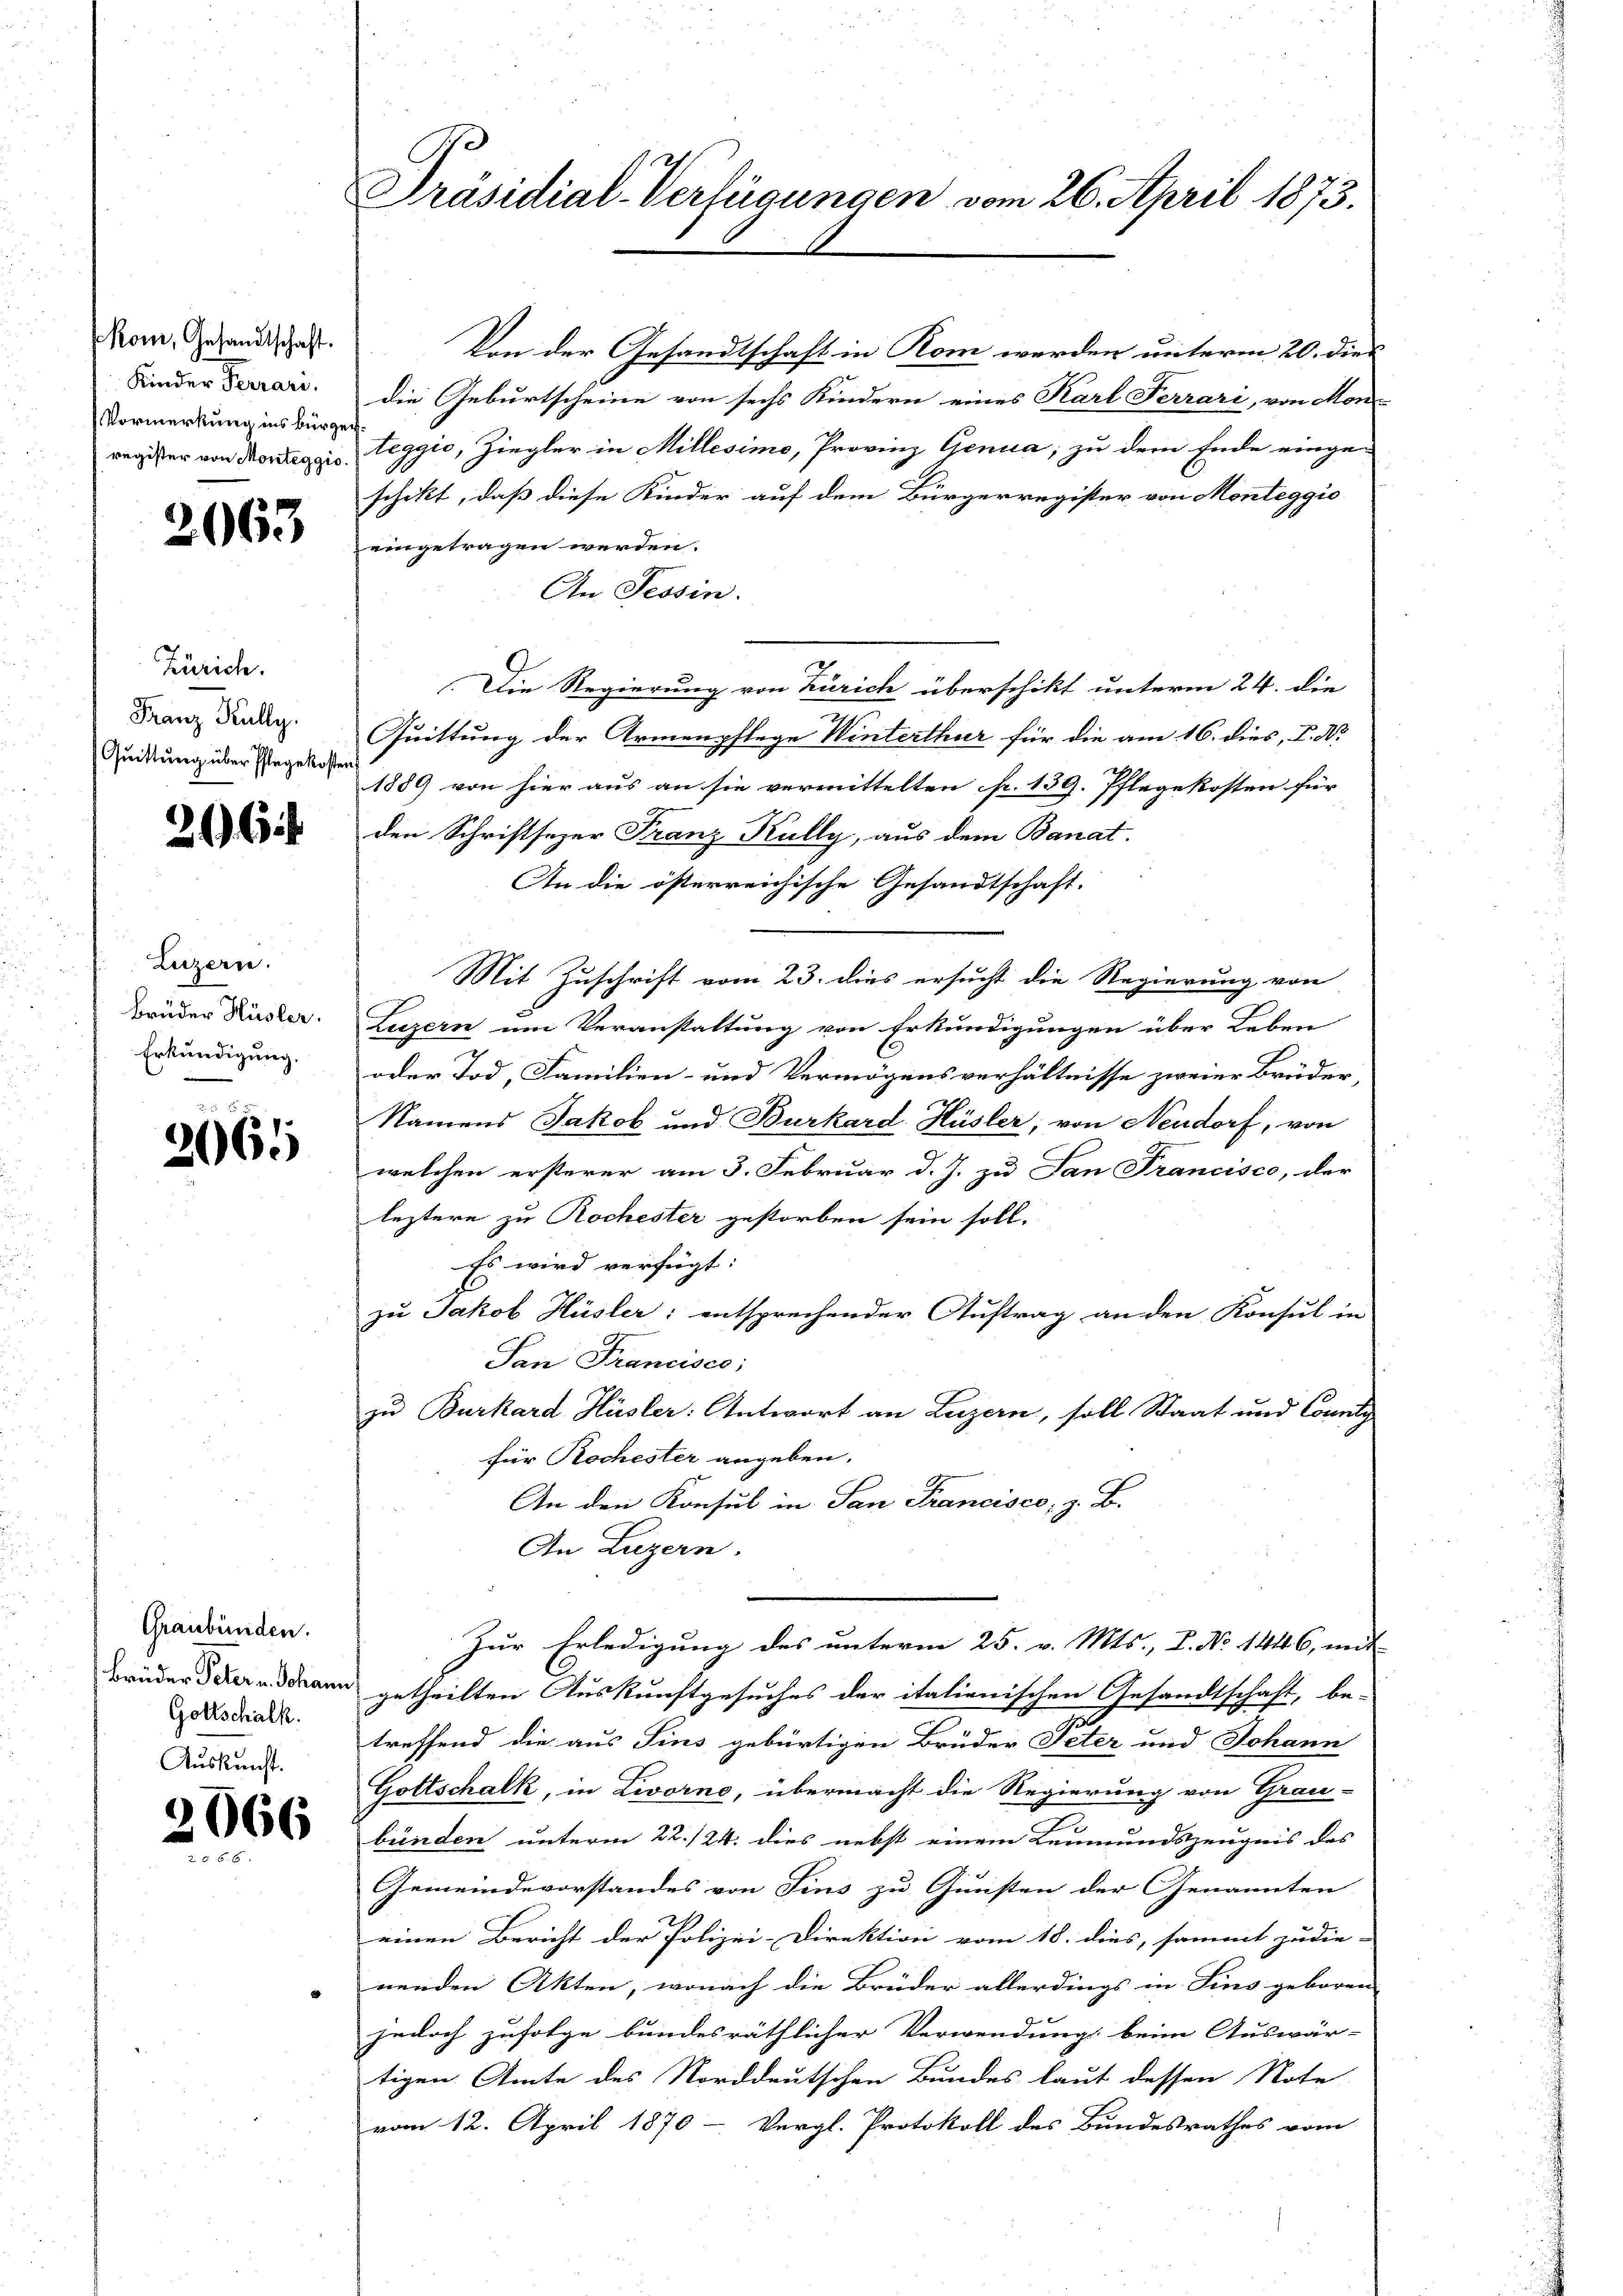
kon, Gesandtschaft.
Kinder Terrari
Vormerkung ins Bürger

2063

Zürich.
Franz Kully.
Quittung über Pflegekosten

246 f

Luzern.
Erkundigung.

2665

Von der Gesandtschaft in Rom werden unterm 20. dies
die Geburtscheine von sechs Kindern eines Karl Ferrari, von Mon-
register von Monteggis, Leggio, Ziegler in Millesimo, Provinz Genua, zu dem Ende eingen
schikt, daß diese Kinder auf dem Bürgerregister von Monteggio
eingetragen werden.
An Tessin.
Die Regierung von Zürich überschikt unterm 24. die
Quittung der Armenpflege Winterthur für die am 16. dies, P. Nr.
1889 von hier aus an sie vermittelten p. 139. Pflegekosten für |
den Schriftsezer Franz Kully, aus dem Banat.
An die österreichische Gesandtschaft.
Mit Zuschrift vom 23. dies ersucht die Regierung von
Brüder Küster. Luzern um Veranstaltung von Erkundigungen über Leben
oder Tod, Familien- und Vermögensverhältnisse zweier Brüder,
Namens Jakob und Burkard Hüsler, von Neudorf, von
welchen ersterer am 3. Februar d. J. zu San Francisco, der
leztere zu Rochester gestorben sein soll.
Es wird verfügt:
zu Jakob Hüsler: entsprechender Auftrag an den Konsul in
San Francisco;
zu Burkard Hüsler: Antwort an Luzern, soll Staat und County
für Rochester angeben.
An den Konsul in San Francisco, z. B.
An Luzern.
Zur Erledigung des unterm 25. v. Mts., L. No 1446, mit
Bruder der a. dann getheilten Auskunftgesuches der italienischen Gesandtschaft, be-
treffend die aus Sins gebürtigen Brüder Peter und Johann
Gottschalk, in Livorne, übermacht die Regierung von Grau-
bünden unterm 22./24. dies nebst einem Leumundszeugnis des
Gemeindevorstandes von Fins zu Gunsten der Genannten
einen Bericht der Polizei-Direktion vom 18. dies, sammt zu die- |
nenden Akten, wonach die Brüder allerdings in Fins geboren
jedoch zufolge bundesräthlicher Verwendung beim Auswär-
tigen Amte des Norddeutschen Bundes laut dessen Note
vom 12. April 1870 - Vergl. Protokoll des Bundesrathes vom

Graubünden.
Gottschalk.
Auskunft.

2066

Präsidial-Verfügungen vom 26. April 1873.